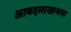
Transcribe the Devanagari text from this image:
आबदलाखानास